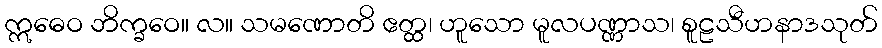
ဣဓေဝ ဘိက္ခဝေ။ လ။ သမဏောတိ ဧတ္ထ၊ ဟူသော မူလပဏ္ဏာသ၊ စူဠသီဟနာဒသုတ်